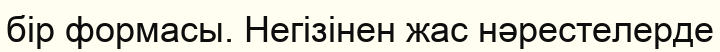
бір формасы. Негізінен жас нәрестелерде